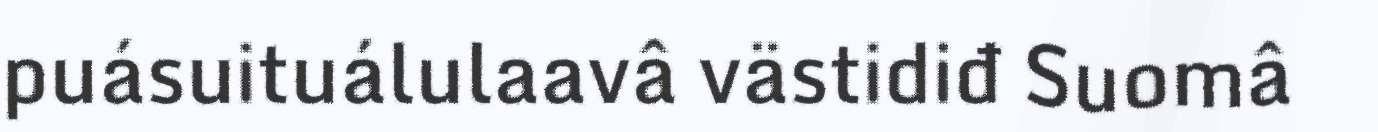
puásuituálulaavâ västidiđ Suomâ